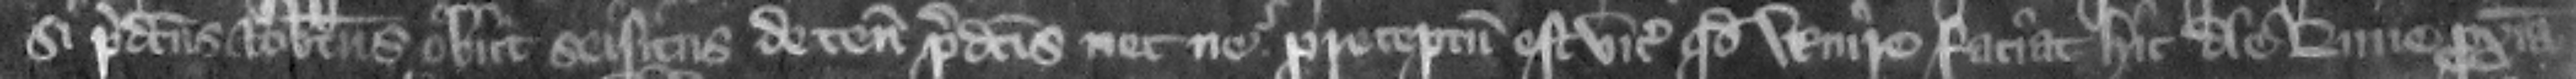
si predictus Robertus obiit seisitus de tenementis predictis necne. preceptum est vicecomiti quod venire faciat hic die Lune proxima